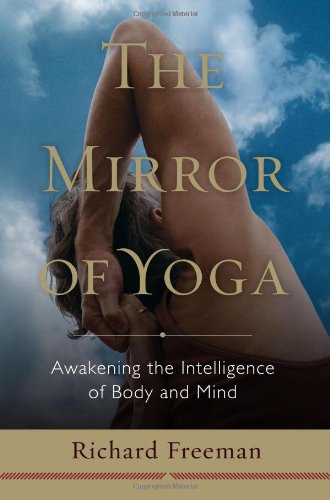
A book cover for The Mirror of Yoga: Awakening the Intelligence of Body and Mind; Richard Freeman; Religion & Spirituality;